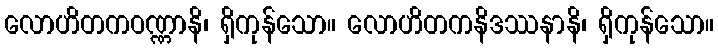
လောဟိတကဝဏ္ဏာနိ၊ ရှိကုန်သော။ လောဟိတကနိဒဿနာနိ၊ ရှိကုန်သော။